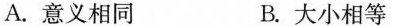
A.意义相同 B.大小相等